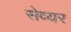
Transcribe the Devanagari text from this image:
सेव्यर